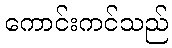
ကောင်းကင်သည်